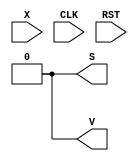
module Lab1_source(
    input X,
    input CLK,
    input RST,
    output S,
    output V
    );
    reg  [2:0] state;
    reg S, V;
    parameter S0 = 3'b000, S1 = 3'b001, S2 = 3'b010, S3 = 3'b011, S4 = 3'b100, S5 = 3'b101, S6 =3'b110, S7 = 3'b111;
    initial begin
        state = S7; 
        S = 0;
        V = 0;
    end
    
   always @(negedge RST)
    begin 
            state = S0;
            S = 0;
            V = 0;
    end 
       
    always @(negedge CLK)
      begin
      if (state == S0)
             begin
                 S = 0;
                 V = 0;
             end

        case (state)
            S0: begin
                if (X == 0) begin
                    S = 1;
                    V = 0;
                    state = S1;
                    end
                else begin
                    S = 0;
                    V = 0;
                    state = S2;
                    end
            end
            S1: begin
                 if (X == 0) begin
                      S = 1;
                      V = 0;
                      state = S3;
                 end
                 else begin
                       S = 0;
                       V = 0;
                       state = S4;
                 end
            end
            S2: begin 
                if (X == 0) begin
                      S = 0;
                      V = 0;
                      state = S4;
                end
                else begin
                     S = 1;
                     V = 0;
                     state = S4;
               end
           end
           S3: begin 
                if (X == 0) begin
                      S = 0;
                      V = 0;
                      state = S5;
                end
                else begin
                     S = 1;
                     V = 0;
                     state = S5;
               end
            end
            S4: begin 
                 if (X == 0) begin
                       S = 1;
                       V = 0;
                       state = S5;
                 end
                 else begin
                      S = 0;
                      V = 0;
                      state = S6;
                end
           end
           S5: begin 
               if (X == 0) begin
                   S = 0;
                   V = 0;
                    state = S0;
               end
               else begin
                    S = 1;
                    V = 0;
                    state = S0;
                end
           end             
           S6: begin 
               if (X == 0) begin
                   S = 1;
                   V = 0;
                   state = S0;
               end
               else begin
                   S = 0;
                   V = 1;
                   state = S0;
               end
           end 
           default: begin
              S = 0;
              V = 0;
              state = S0;
           end
      endcase

       end

endmodule